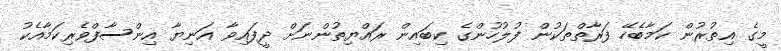
މީގެ އިތުރުން ކަމާބެހޭ ފަރާތްތަކުން ފުލުހުންގެ ކިބައިން ރައްޔިތުންނަށް ދީފައިވާ އަނިޔާ އިންސާފްވެރިކަމާއެކު